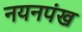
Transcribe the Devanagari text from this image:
नयनपंख